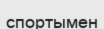
спортымен